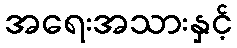
အရေးအသားနှင့်